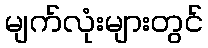
မျက်လုံးများတွင်